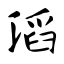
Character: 滔